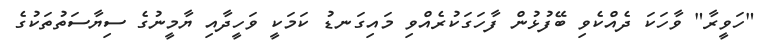
"ހަވީރާ" ވާހަކަ ދެއްކެވި ބޭފުޅުން ފާހަގަކުރެއްވި މައިގަނޑު ކަމަކީ ވަހީދާއި ޔާމީނުގެ ސިޔާސަތުތަކުގެ